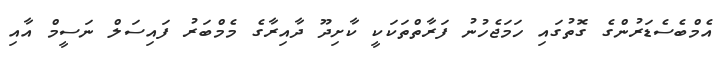
އެމްބެސެޑަރުންގެ ގޮތުގައި ހަމަޖެހުނު ފަރާތްތަކަކީ ކާށިދޫ ދާއިރާގެ މެމްބަރު ފައިސަލް ނަސީމް އާއި